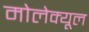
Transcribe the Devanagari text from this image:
मोलेक्यूल